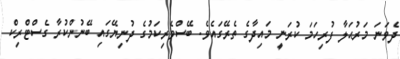
ދެވަނަ މަރުޙަލާ ފުރިހަމަ ކުރަނީ މައިދާގެ ތެރޭގައެވެ. ބޭސްވެރިކަމުގެ ދުނިޔޭގައި ބޭނުންކުރާ ގެސްޓްރިކް